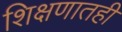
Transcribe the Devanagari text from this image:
शिक्षणातही